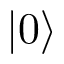
| 0 \rangle